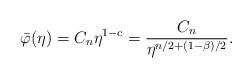
LaTeX: \begin{align*}\bar \varphi(\eta)=C_n\eta^{1-c}=\frac{C_n}{\eta^{n/2+(1-\beta)/2}}.\end{align*}